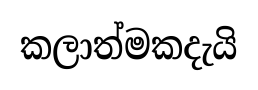
කලාත්මකදැයි